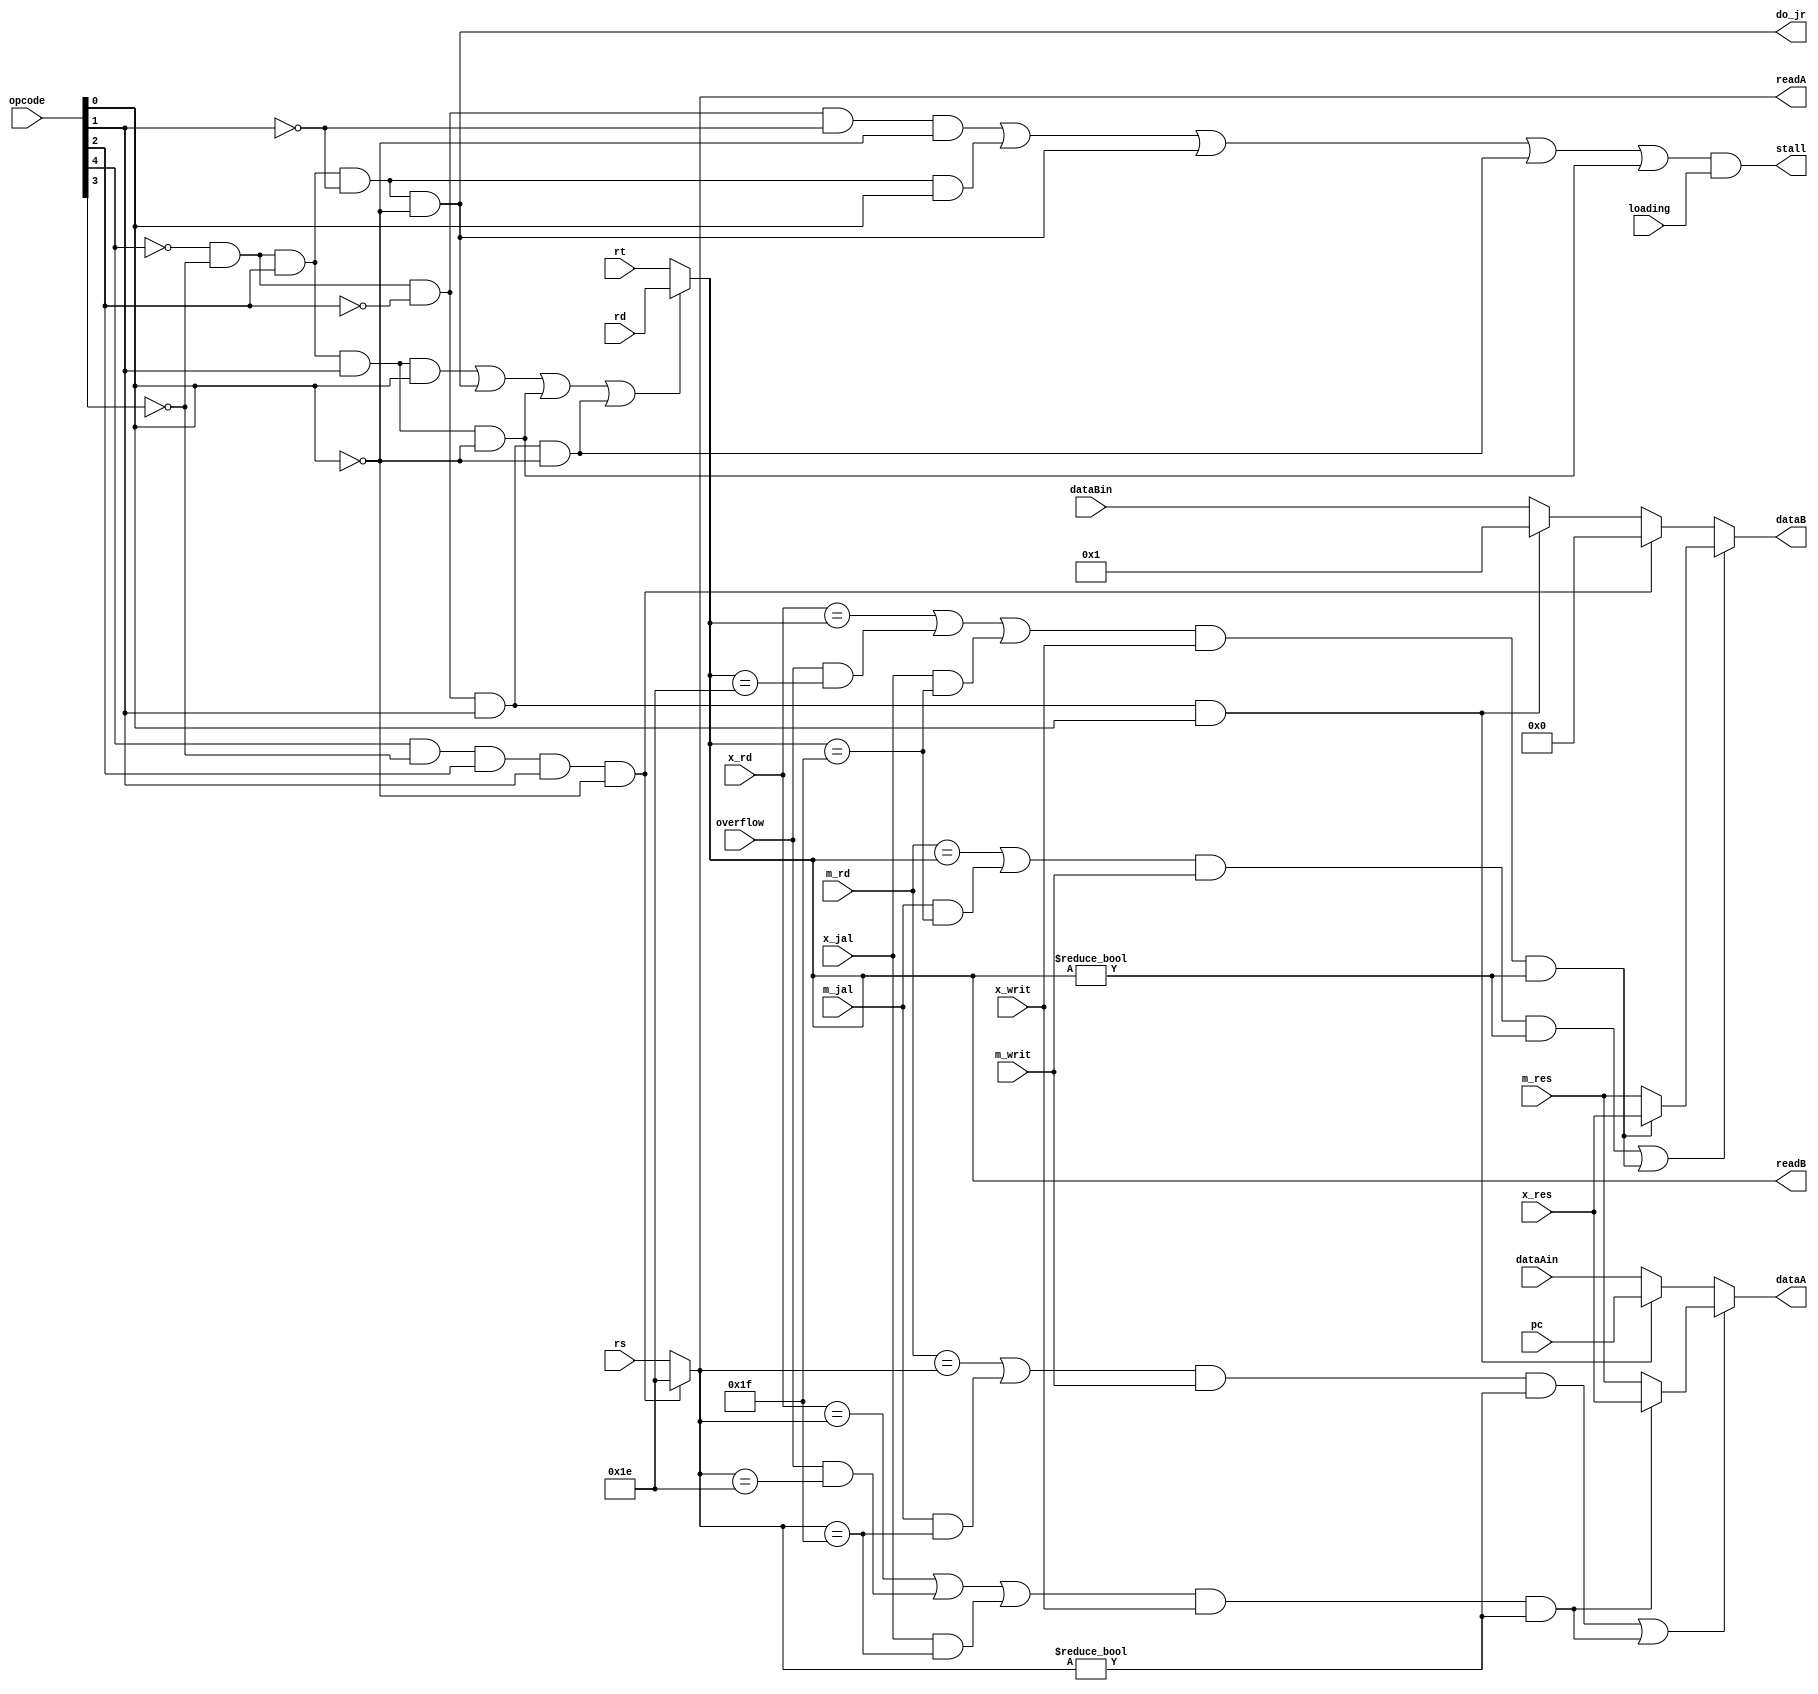
module d_control(readA, readB, dataA, dataB, do_jr, stall, opcode, rs, rt, rd, pc, dataAin, dataBin, x_rd, x_res, x_writ, m_rd, m_res, m_writ, loading, overflow, x_jal, m_jal);
        
    input[31:0] pc, dataAin, dataBin, x_res, m_res;
    input[4:0] opcode, rt, rd, rs, x_rd, m_rd;
    input x_writ, m_writ, loading, overflow, x_jal, m_jal;

    output[31:0] dataA, dataB;
    output[4:0] readB, readA;
    output do_jr, stall;

    wire[31:0] dataB_temp, dataA_haz, dataB_haz, a_dependency, b_dependency;
    
    wire is_add, is_addi, is_sw, is_jal, is_jr, is_blt, is_bne, is_bex, is_depAm, is_depAx, is_depBm, is_depBx;
    
    assign is_sw = ~opcode[4] && ~opcode[3] && opcode[2] && opcode[1] && opcode[0];
    assign is_jal = ~opcode[4] && ~opcode[3] && ~opcode[2] && opcode[1] && opcode[0];
    assign is_jr = ~opcode[4] && ~opcode[3] && opcode[2] && ~opcode[1] && ~opcode[0];
    assign is_bne = ~opcode[4] && ~opcode[3] && ~opcode[2] && opcode[1] && ~opcode[0];
    assign is_blt = ~opcode[4] && ~opcode[3] && opcode[2] && opcode[1] && ~opcode[0];
    assign is_bex = opcode[4] && ~opcode[3] && opcode[2] && opcode[1] && ~opcode[0];
    assign is_add = ~opcode[4] && ~opcode[3] && ~opcode[2] && ~opcode[1] && ~opcode[0];
    assign is_addi = ~opcode[4] && ~opcode[3] && opcode[2] && ~opcode[1] && opcode[0];

    assign readB = is_sw || is_jr || is_blt || is_bne ? rd : rt;
    assign readA = is_bex ? 5'b11110 : rs;

    assign dataA_haz = is_jal ? pc : dataAin;
    assign dataB_temp = is_jal ? 32'b00000000000000000000000000000001 : dataBin; //I dont know why this isn't 1!?!??!!
    assign dataB_haz = is_bex ? 32'b00000000000000000000000000000000 : dataB_temp;

    assign do_jr = is_jr;

    assign is_depAx = ((x_rd == readA || (overflow && readA == 5'b11110) || (x_jal && readA == 5'b11111)) && x_writ && readA != 5'b0);
    assign is_depAm = ((m_rd == readA || (m_jal && readA == 5'b11111)) && m_writ && readA != 5'b0);
    assign is_depBx = ((x_rd == readB || (overflow && readB == 5'b11110) || (x_jal && readB == 5'b11111)) && x_writ && readB != 5'b0);
    assign is_depBm = ((m_rd == readB || (m_jal && readB == 5'b11111)) && m_writ && readB != 5'b0);
    
    assign a_dependency = is_depAx ? x_res : m_res;
    assign dataA = is_depAm || is_depAx ? a_dependency : dataA_haz;

    assign b_dependency = is_depBx ? x_res : m_res;
    assign dataB = is_depBm || is_depBx ? b_dependency : dataB_haz;

    assign stall = (is_add || is_addi || is_jr || is_bne || is_blt) && loading;

endmodule